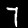
Digit: 7